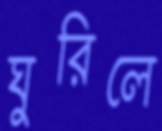
ঘুরিলে